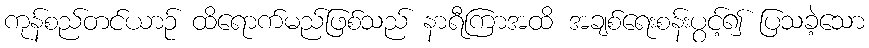
ကုန်စည်တင်ယာဉ် ထိရောက်မည်ဖြစ်သည် နာရီကြာအထိ အချစ်ရေးစန်းပွင့်၍ ပြသခဲ့သော